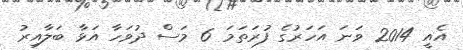
އެއީ 2014 ވަނަ އަހަރުގެ ފުރަތަމަ 6 މަސް ދުވަހާ އަޅާ ބަލާއިރު